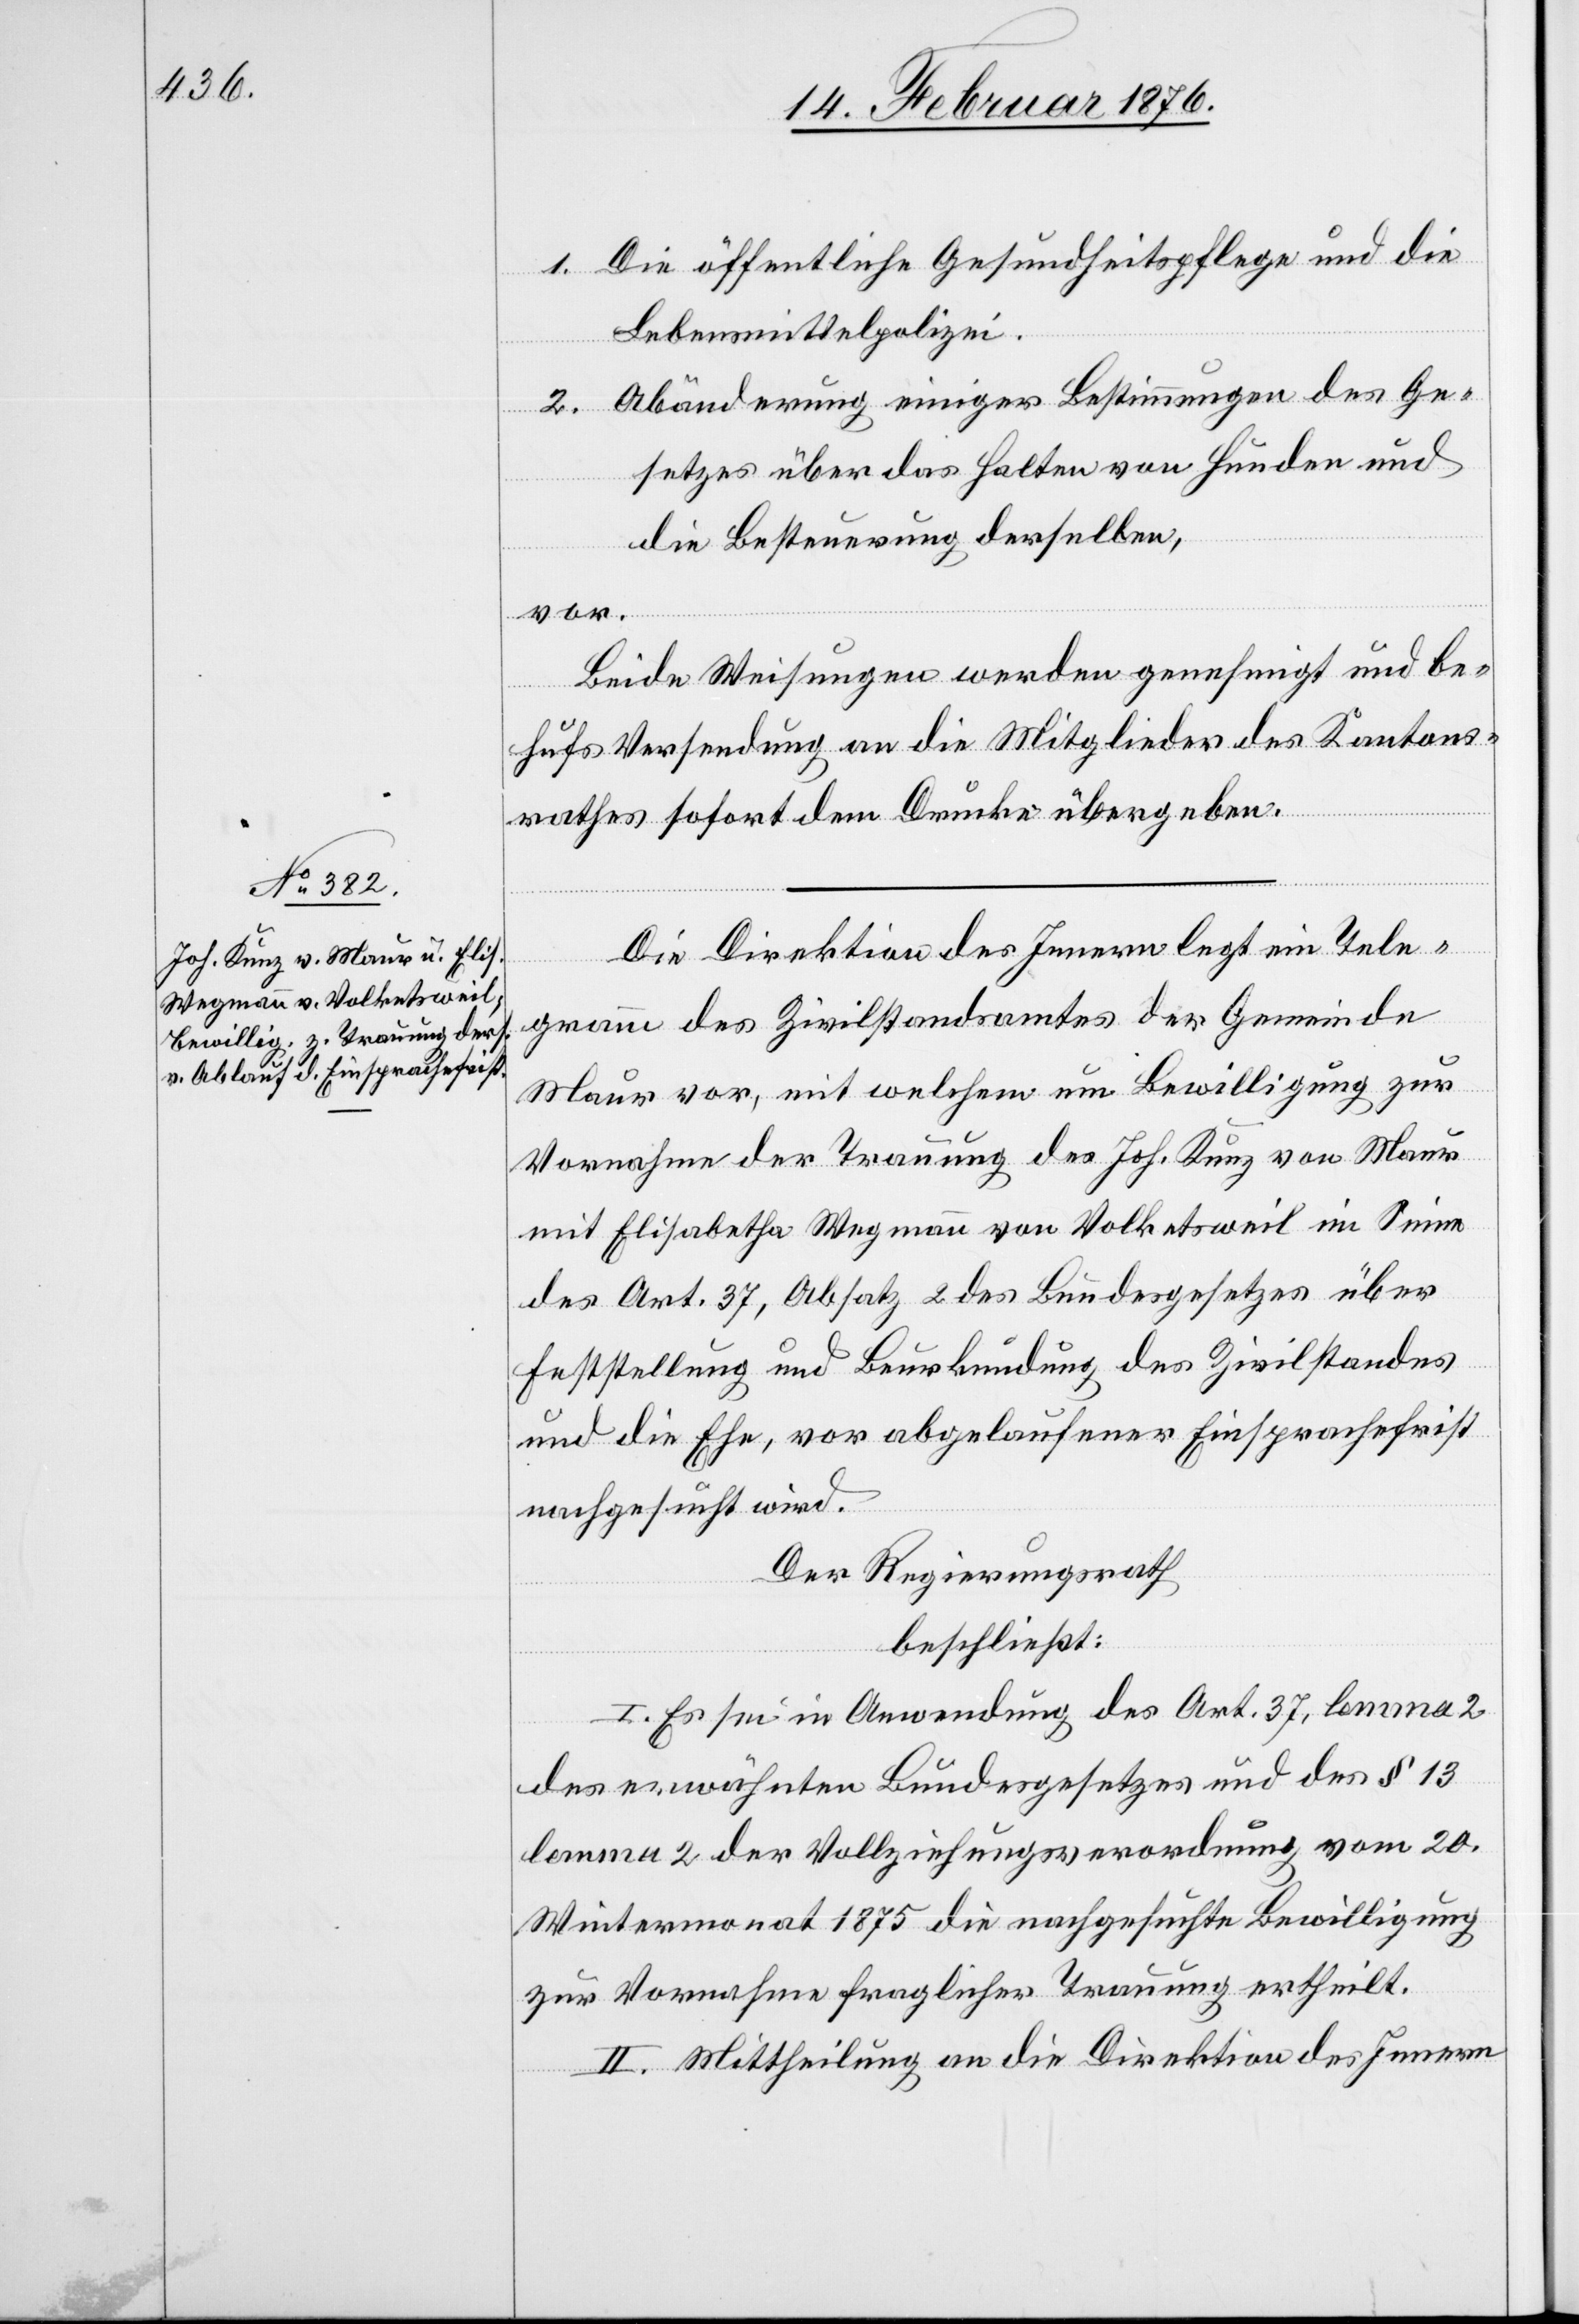
1. Die öffentliche Gesundheitspflege und die
Lebensmittelpolizei.
2. Abänderung einiger Bestimmungen des Ge¬
setzes über das Halten von Hunden und
die Bestimmung derselben,
vor.
Beide Weisungen werden genehmigt und be¬
hufs Versendung an die Mitglieder des Kantons¬
rathes sofort dem Drucke übergeben.
Die Direktion des Innern legt ein Tele¬
gramm des Zivilstandsamtes der Gemeinde
Maur vor, mit welchem um Bewilligung zur
Vornahme der Trauung des Joh. Kunz von Maur
mit Elisabetha Wegmann von Volketsweil im Sinne
des Art. 37, Absatz 2 des Bundesgesetzes über
Feststellung und Beurkundung des Zivilstandes
und die Ehe, vor abgelaufener Einsprachefrist
nachgesucht wird.
Der Regierungsrath,
beschließt:
I. Es sei in Anwendung des Art. 37, lemma 2
des erwähnten Bundesgesetzes und des § 13
lemma 2 der Vollziehungsverordnung vom 20.
Wintermonat 1875 die nachgesuchte Bewilligung
zur Vornahme fraglicher Trauung ertheilt.
II. Mittheilung an die Direktion des Innern